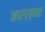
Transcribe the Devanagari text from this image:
करस्थाः